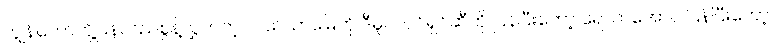
ကျွန်တော်တို့ပြန်လည်စွန့်လွှတ်တဲ့ လယ်ယာမြေကို ဒီမူလပိုင်ရှင်ဆီကို ပြန်ပြီးတော့ ရောက်အောင် ပြန်ပြီးတော့